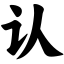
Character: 认